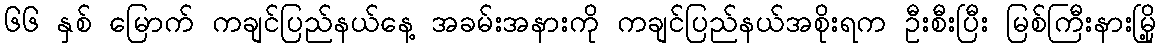
၆၆ နှစ် မြောက် ကချင်ပြည်နယ်နေ့ အခမ်းအနားကို ကချင်ပြည်နယ်အစိုးရက ဦးစီးပြီး မြစ်ကြီးနားမြို့